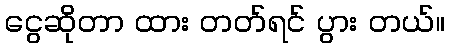
ငွေဆိုတာ ထား တတ်ရင် ပွား တယ်။